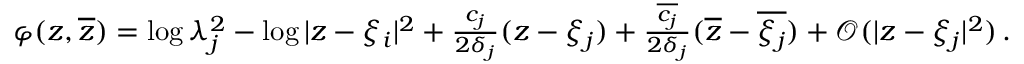
\begin{array} { r } { \varphi ( z , \overline { { z } } ) = \log \lambda _ { j } ^ { 2 } - \log | z - \xi _ { i } | ^ { 2 } + { \frac { c _ { j } } { 2 \delta _ { j } } } ( z - \xi _ { j } ) + { \frac { \overline { { c _ { j } } } } { 2 \delta _ { j } } } ( \overline { { z } } - \overline { { \xi _ { j } } } ) + \mathcal { O } ( | z - \xi _ { j } | ^ { 2 } ) \, . } \end{array}